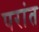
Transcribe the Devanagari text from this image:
परांत